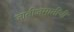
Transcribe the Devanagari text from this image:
जातीजमातींची